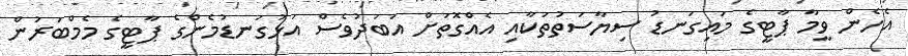
އެހެން ވީމާ ޕާޓީގެ މައިގަނޑު ސިޔާސަތުތަކާއި އެއްގޮތަށް އަބަދުވެސް އަޅުގަނޑުމެންގެ ޕާޓީގެ މެމްބަރުން